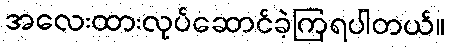
အလေးထားလုပ်ဆောင်ခဲ့ကြရပါတယ်။